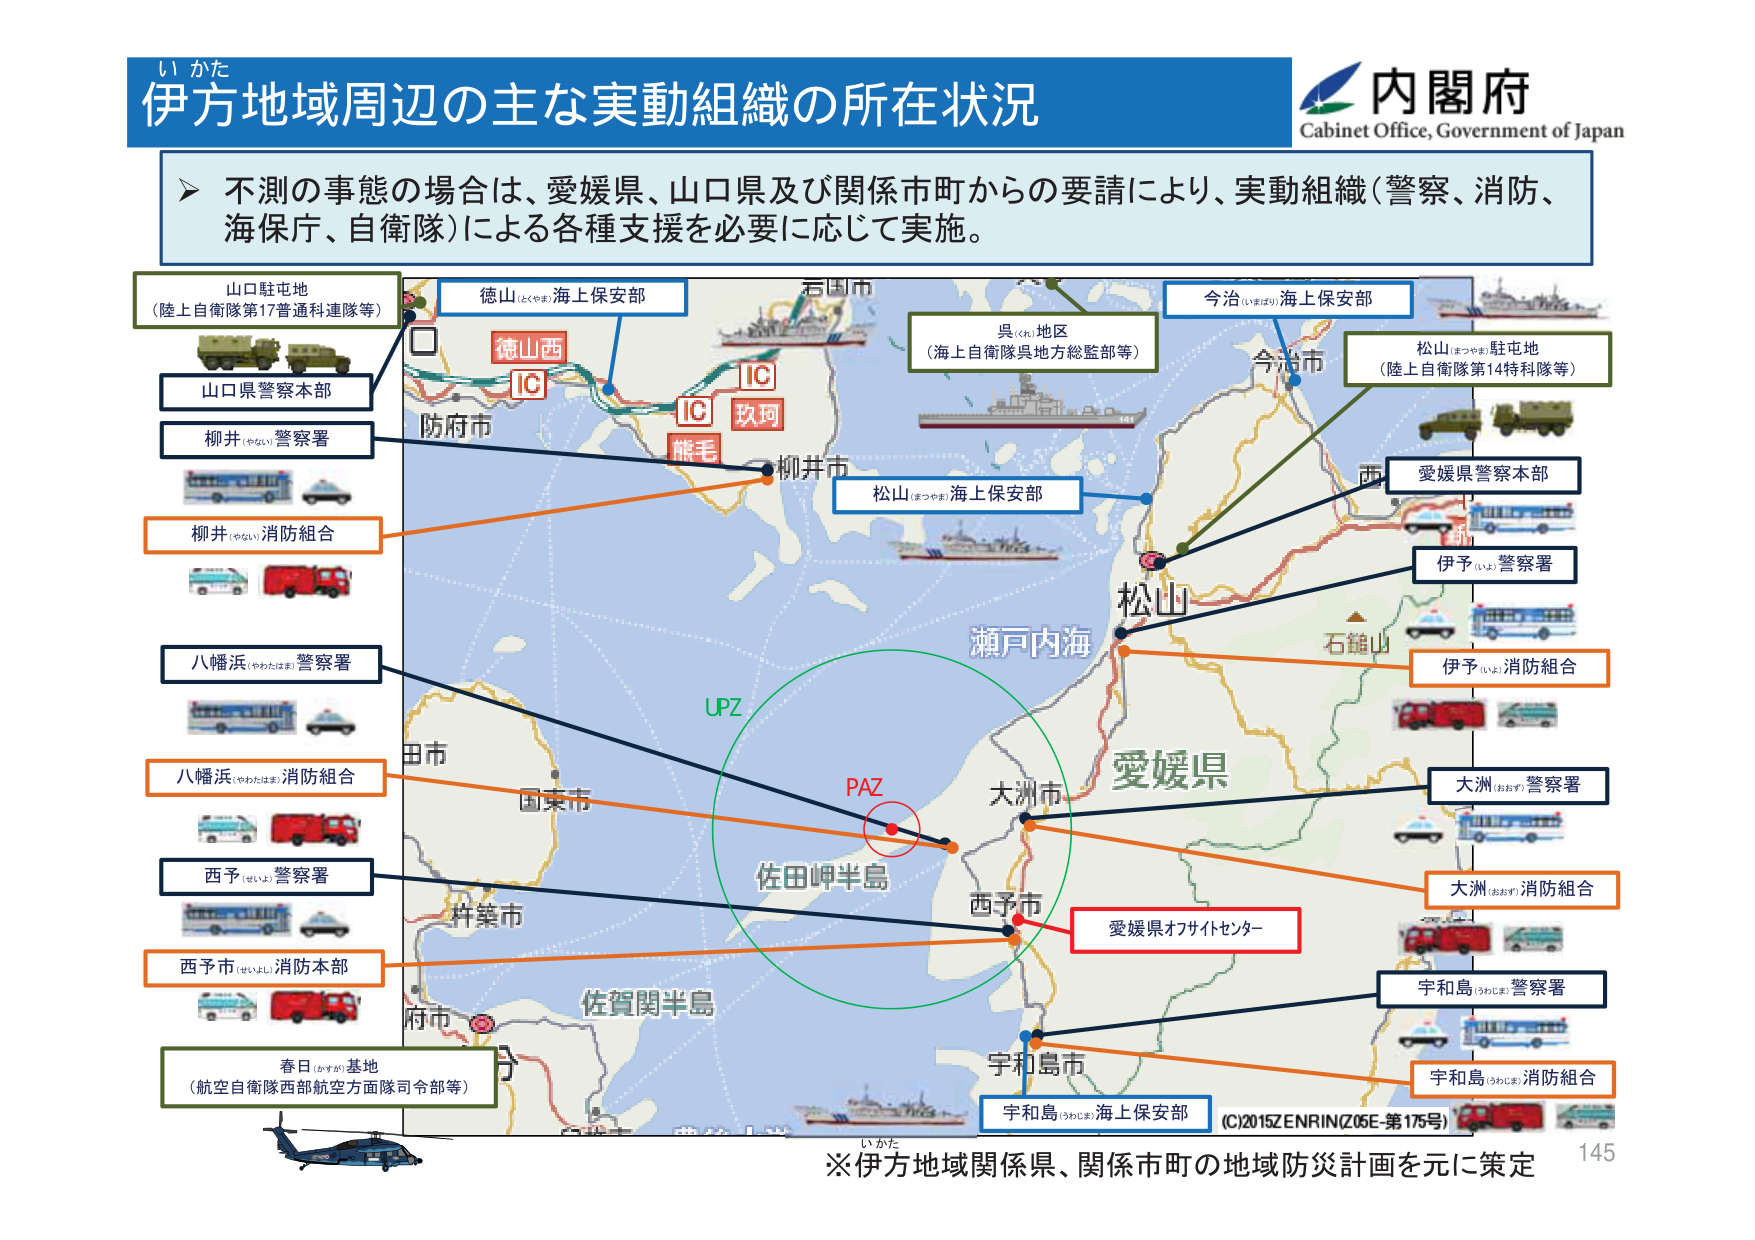
い かた
伊方地域周辺の主な実動組織の所在状況
内閣府
Cabinet Office, Government of Japan

➤ 不測の事態の場合は、愛媛県、山口県及び関係市町からの要請により、実動組織（警察、消防、海保、自衛隊）による各種支援を必要に応じて実施。

山口駐屯地
（陸上自衛隊第17普通科連隊等）
山口県警察本部
柳井（やない）警察署
柳井（やない）消防組合
八幡浜（やわたはま）警察署
八幡浜（やわたはま）消防組合
西予（せいよ）警察署
西予市（せいよし）消防本部
春日（かすが）基地
（航空自衛隊西部航空方面隊司令部等）

徳山（とくやま）海上保安部
防府市
IC
徳山西
IC
玖珂
熊毛
柳井市
若国市
UPZ
PAZ
佐田岬半島
佐賀関半島
大洲市
西予市
宇和島市
い かた

呉（くれ）地区
（海上自衛隊呉地方総監部等）
松山（まつやま）海上保安部
今治（いまばり）海上保安部
今治市
松山（まつやま）駐屯地
（陸上自衛隊第14特科隊等）
愛媛県警察本部
伊予（いよ）警察署
伊予（いよ）消防組合
大洲（おおす）警察署
大洲（おおす）消防組合
宇和島（うわじま）警察署
宇和島（うわじま）消防組合
宇和島（うわじま）海上保安部
愛媛県オフサイトセンター

瀬戸内海
愛媛県
石鎚山
西

(C)2015Z ENRIN(Z05E-第175号)
※伊方地域関係県、関係市町の地域防災計画を元に策定
145